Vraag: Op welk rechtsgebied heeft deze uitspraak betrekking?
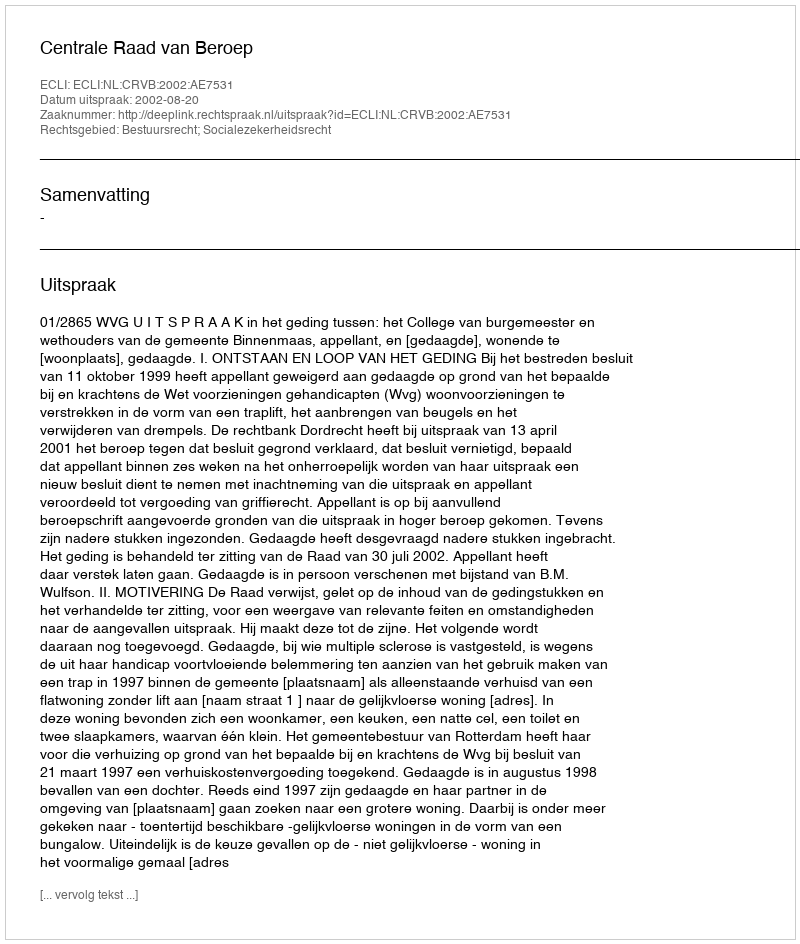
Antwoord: Bestuursrecht; Socialezekerheidsrecht